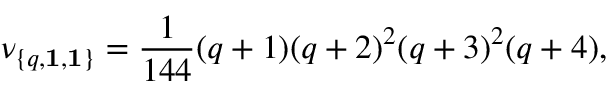
\nu _ { \{ q , { \bf 1 } , { \bf 1 } \} } = { \frac { 1 } { 1 4 4 } } ( q + 1 ) ( q + 2 ) ^ { 2 } ( q + 3 ) ^ { 2 } ( q + 4 ) ,